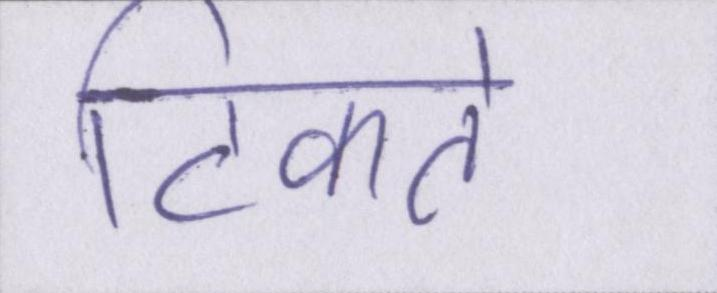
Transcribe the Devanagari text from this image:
टिकते